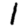
Digit: 1